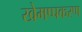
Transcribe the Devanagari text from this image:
खेमप्पकरण